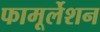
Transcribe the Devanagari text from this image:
फामूर्लेशन